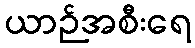
ယာဉ်အစီးရေ